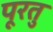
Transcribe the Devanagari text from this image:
पूरतु